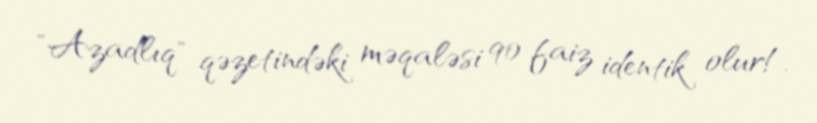
"Azadlıq" qəzetindəki məqaləsi 90 faiz identik olur!.